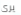
يرى